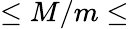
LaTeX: \leq M/m\leq